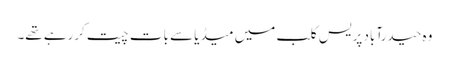
وہ حیدرآباد پریس کلب میں میڈیا سے بات چیت کررہے تھے۔